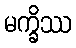
မက္ခိဿ